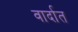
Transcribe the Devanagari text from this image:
वार्दात